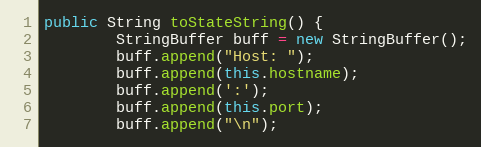
Language: Java
public String toStateString() {
        StringBuffer buff = new StringBuffer();
        buff.append("Host: ");
        buff.append(this.hostname);
        buff.append(':');
        buff.append(this.port);
        buff.append("\n");